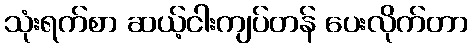
သုံးရက်စာ ဆယ့်ငါးကျပ်တန် ပေးလိုက်တာ